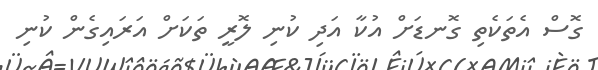
ގޮސް އެތަކެތި ގޮނޑަށް އުކާ އަދި ކުނި ލޮރީ ތަކަށް އަރައިގެން ކުނި